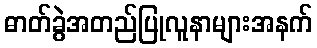
ဓာတ်ခွဲအတည်ပြုလူနာများအနက်